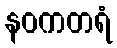
နဝကတရံ